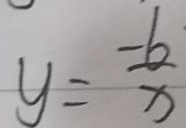
y = \frac { - 6 } { x }